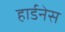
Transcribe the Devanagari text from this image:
हार्डनेस